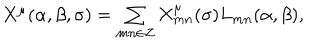
\begin{array} { l c r } { { X ^ { \mu } ( \alpha , \beta , \sigma ) = \sum _ { m n \in { Z } } X _ { m n } ^ { \mu } ( \sigma ) L _ { m n } ( \alpha , \beta ) , } } \\ \end{array}